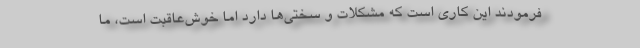
فرمودند این کاری است که مشکلات و سختی‌ها دارد اما خوش‌عاقبت است، ما